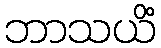
ဘာသယိံ